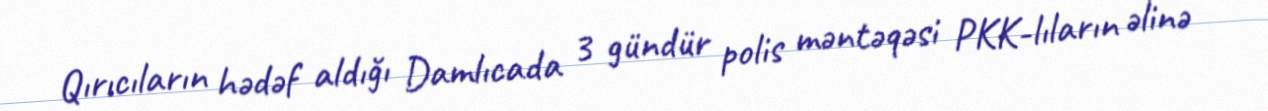
Qırıcıların hədəf aldığı Damlıcada 3 gündür polis məntəqəsi PKK-lıların əlinə